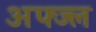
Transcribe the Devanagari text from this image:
अफ्ज्ल